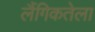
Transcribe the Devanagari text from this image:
लैंगिकतेला